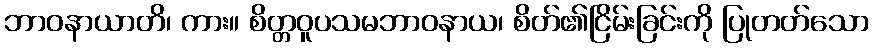
ဘာဝနာယာတိ၊ ကား။ စိတ္တဝူပသမဘာဝနာယ၊ စိတ်၏ငြိမ်းခြင်းကို ပြုတတ်သော